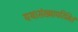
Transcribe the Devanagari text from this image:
यथासंख्यापरिमितं